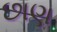
છાણ